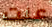
عنت